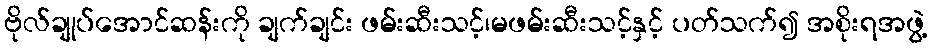
ဗိုလ်ချုပ်အောင်ဆန်းကို ချက်ချင်း ဖမ်းဆီးသင့်၊မဖမ်းဆီးသင့်နှင့် ပတ်သက်၍ အစိုးရအဖွဲ့